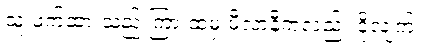
သူ ဖက်ထားသည့် ကြားထဲမှ မီလာနီကလည်း ငိုလျက်။